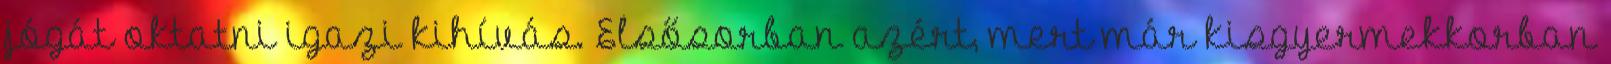
jógát oktatni igazi kihívás. Elsősorban azért, mert már kisgyermekkorban